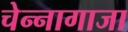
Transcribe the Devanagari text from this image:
चेन्‍नागाजा